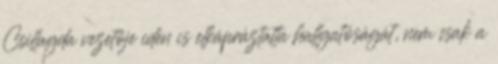
Csillagda vezetője idén is elkápráztatta hallgatóságát, nem csak a